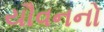
યૌવનનો